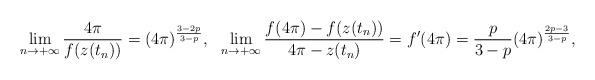
LaTeX: \begin{align*} \lim_{n \to +\infty} \frac{4\pi}{f(z(t_n))} =(4 \pi )^{\frac{3-2p}{3-p}}, && \lim_{n\to +\infty}\frac{f(4 \pi )-f(z(t_n))}{4\pi-z(t_n)} = f'(4 \pi ) = \frac{p}{3-p} (4\pi)^{\frac{2p-3}{3-p}},\end{align*}